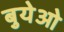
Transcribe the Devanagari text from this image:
बुयेओ